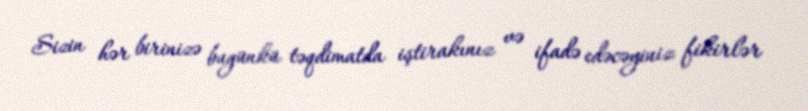
Sizin hər birinizə bugünkü təqdimatda iştirakınız və ifadə edəcəyiniz fikirlər